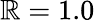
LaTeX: \mathbb{R}=1.0